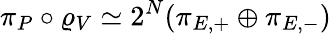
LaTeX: \pi_{P}\circ\varrho_{V}\simeq 2^{N}(\pi_{E,+}\oplus\pi_{E,-})